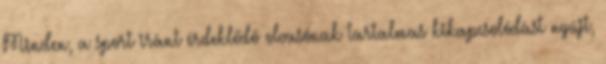
Minden, a sport iránt érdeklődő olvasónak tartalmas kikapcsolódást nyújt,